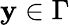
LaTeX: \textbf y\in\Gamma